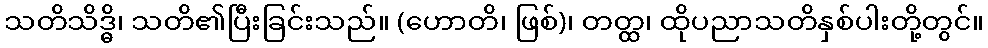
သတိသိဒ္ဓိ၊ သတိ၏ပြီးခြင်းသည်။ (ဟောတိ၊ ဖြစ်)၊ တတ္ထ၊ ထိုပညာသတိနှစ်ပါးတို့တွင်။